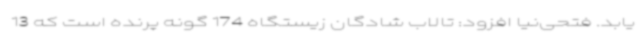
یابد. فتحی‌نیا افزود: تالاب شادگان زیستگاه 174 گونه پرنده است که 13